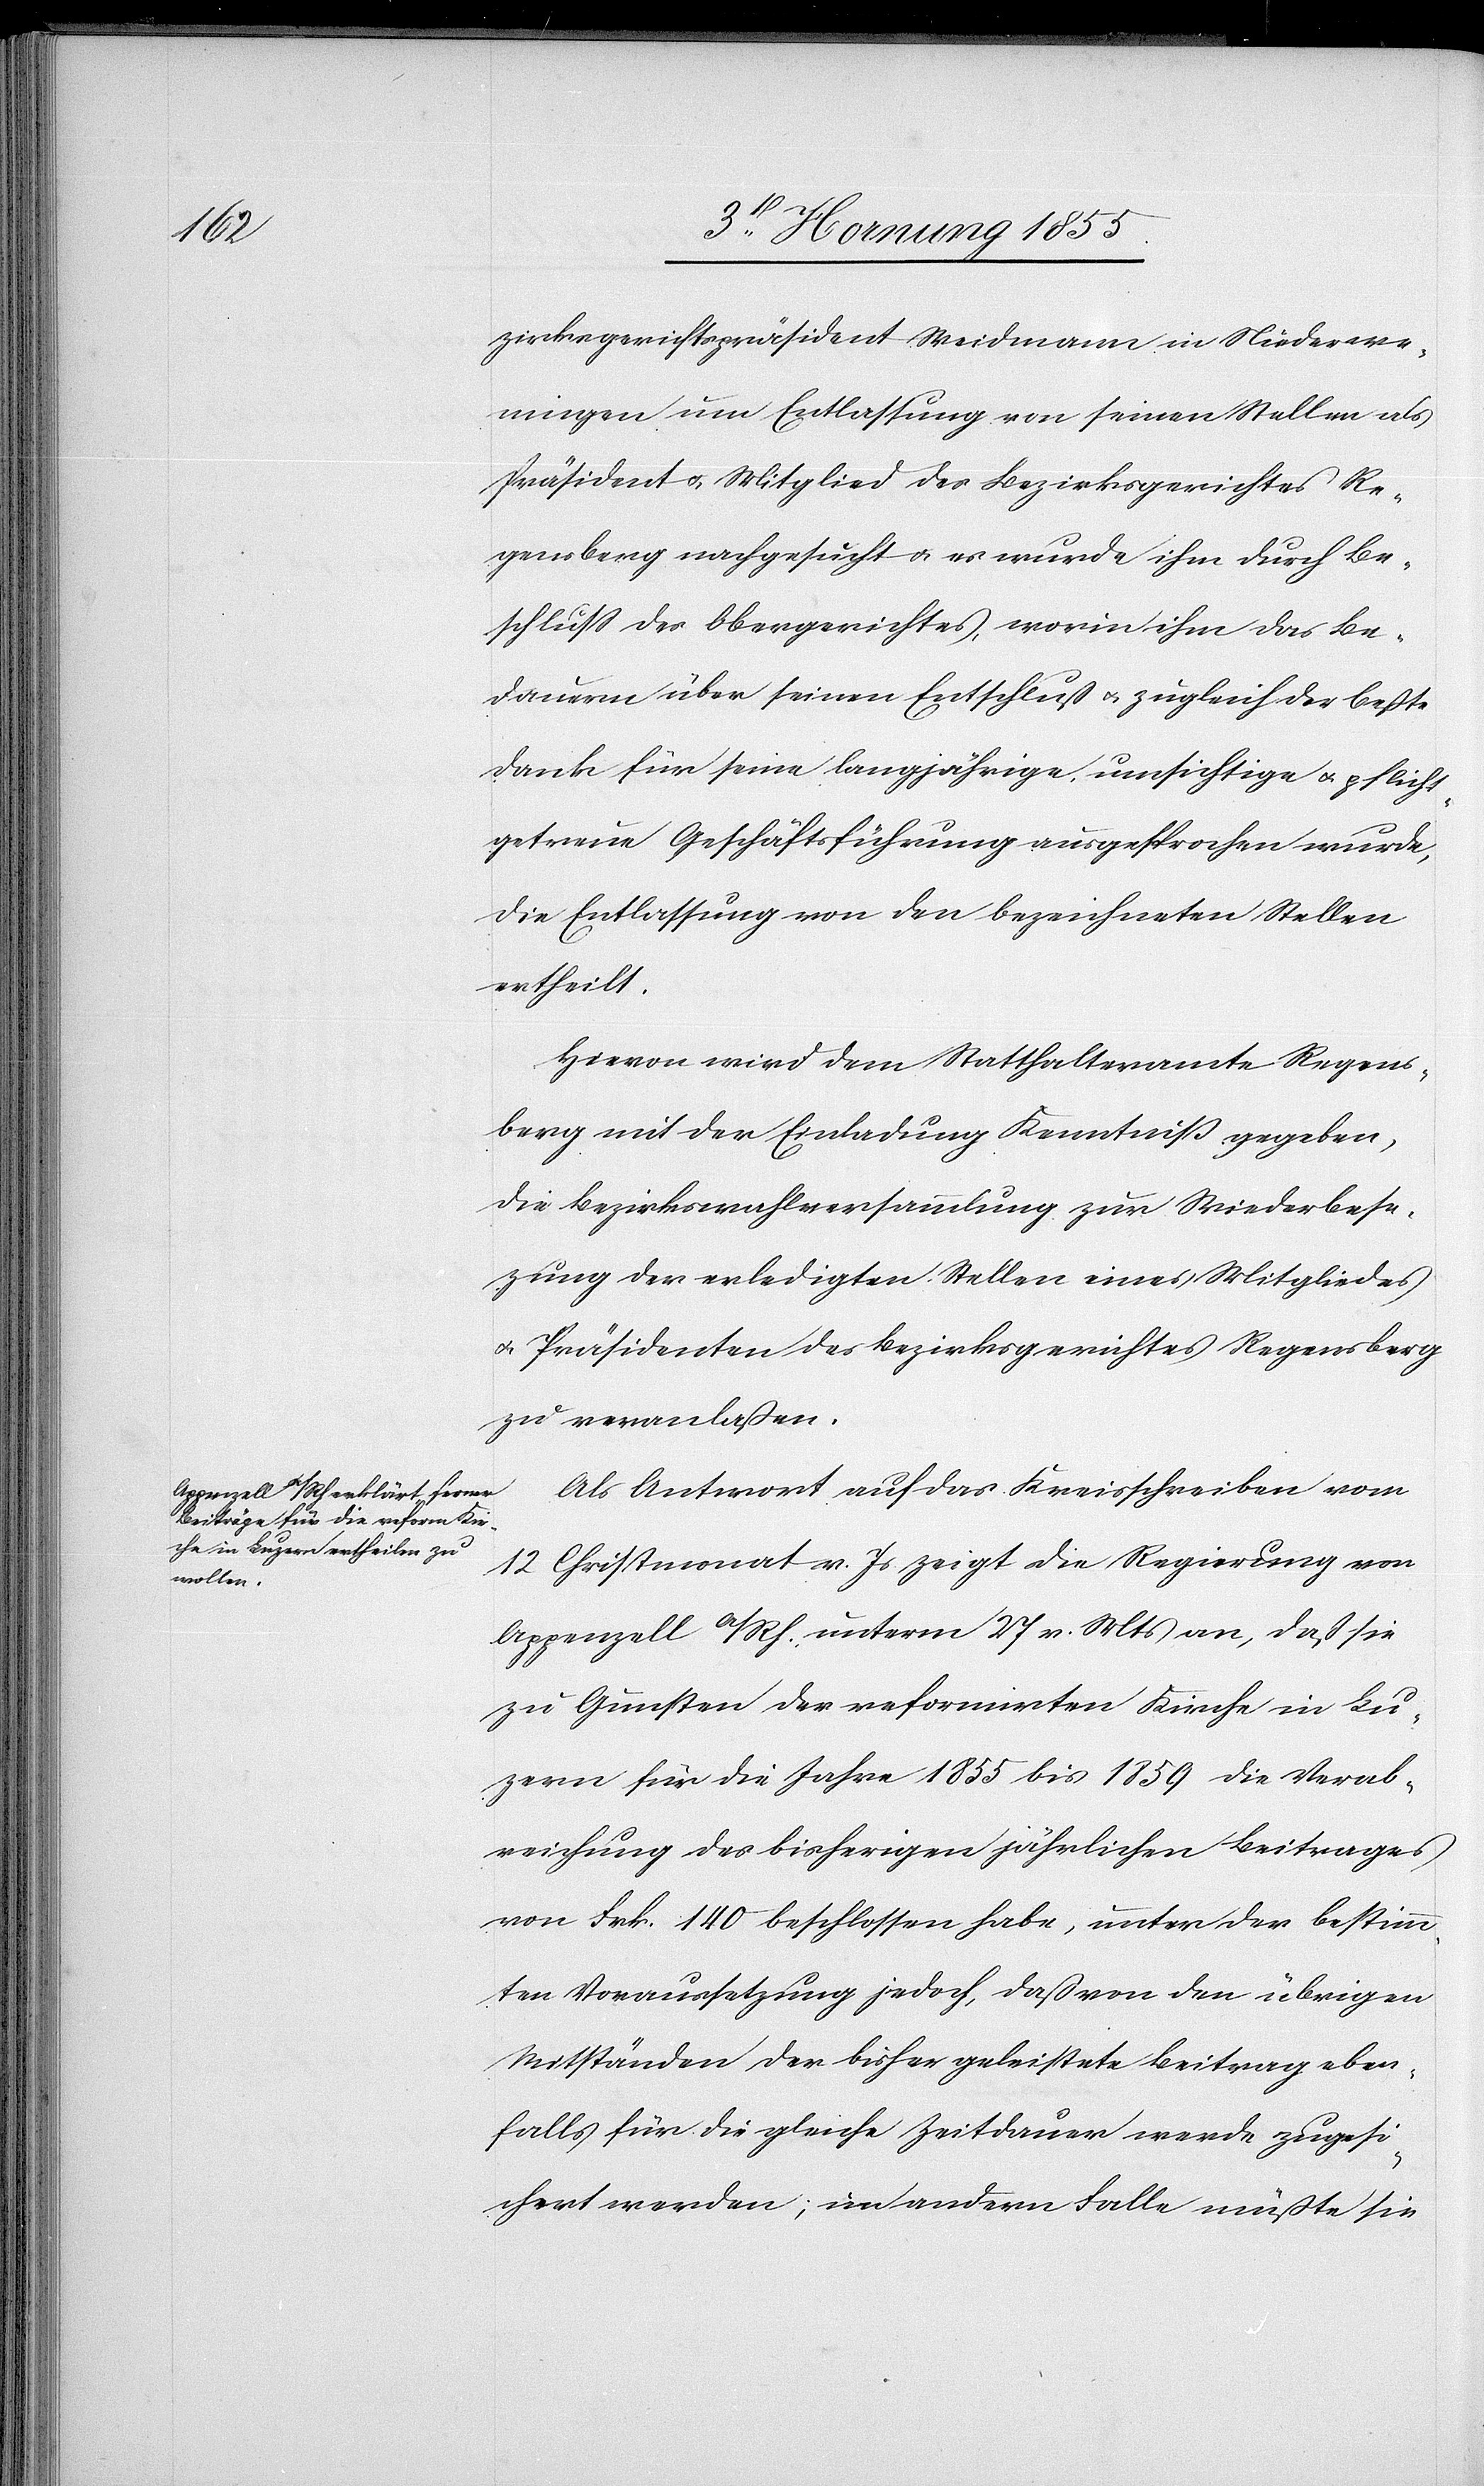
zirksgerichtspräsident Weidmann in Niederwe¬
ningen um Entlassung von seinen Stellen als
Präsident & Mitglied des Bezirksgerichtes Re¬
gensberg nachgesucht & es wurde ihm durch Be¬
schluss des Obergerichtes, worin ihm das Be¬
dauern über seinen Entschluss & zugleich der beßte
Dank für seine langjährige, umsichtige & pflicht¬
getreue Geschäftsführung ausgesprochen wurde,
die Entlassung von den bezeichneten Stellen
ertheilt.
Hievon wird dem Statthalteramte Regens¬
berg mit der Einladung Kenntniß gegeben,
die Bezirkswahlversammlung zur Wiederbes¬
e[t]zung der erledigten Stellen eines Mitgliedes
& Präsidenten des Bezirksgerichtes Regensberg
zu veranlaßen.
Als Antwort auf das Kreisschreiben vom
12 Christmonat v. Js. zeigt die Regierung von
Appenzell A/Rh. unterm 27 v. Mts an, dass sie
zu Gunsten der reformirten Kirche in Lu¬
zern für die Jahre 1855 bis 1859 die Verab¬
reichung des bisherigen jährlichen Beitrages
von Frk. 140 beschlossen habe, unter der bestimm¬
ten Voraussetzung jedoch, dass von den übrigen
Mitständen der bisher geleistete Beitrag eben¬
falls für die gleiche Zeitdauer werde zugesi¬
chert werden; im andern Falle müßte sie